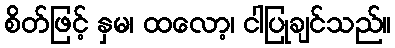
စိတ်ဖြင့် နှမ၊ ထလော့၊ ငါပြုချင်သည်။